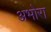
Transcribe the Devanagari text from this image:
अभोरा